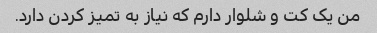
من یک کت و شلوار دارم که نیاز به تمیز کردن دارد.